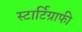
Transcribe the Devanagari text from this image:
स्टार्टिग्राफी